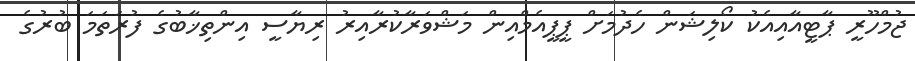
ޖުމްހޫރީ ޕާޓީއާއިއެކު ކޯލިޝަން ހެދުމަށް ޕީޕީއެމްއިން މަޝްވަރާކުރާއިރު ރިޔާސީ އިންތިޚާބުގެ ފުރަތަމަ ބުރުގެ